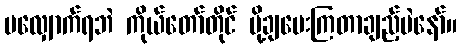
မလျှောက်ရဘဲ ကိုယ်တော်တိုင် ပို့ချပေးကြတာချည့်ပဲနော်။